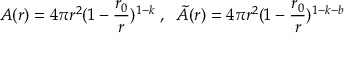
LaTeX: A ( r ) = 4 \pi r ^ { 2 } ( 1 - \frac { r _ { 0 } } { r } ) ^ { 1 - k } \; , \; \; \tilde { A } ( r ) = 4 \pi r ^ { 2 } ( 1 - \frac { r _ { 0 } } { r } ) ^ { 1 - k - b }